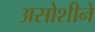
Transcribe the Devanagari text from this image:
असोशीने